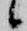
候